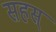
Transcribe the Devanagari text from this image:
सहस्